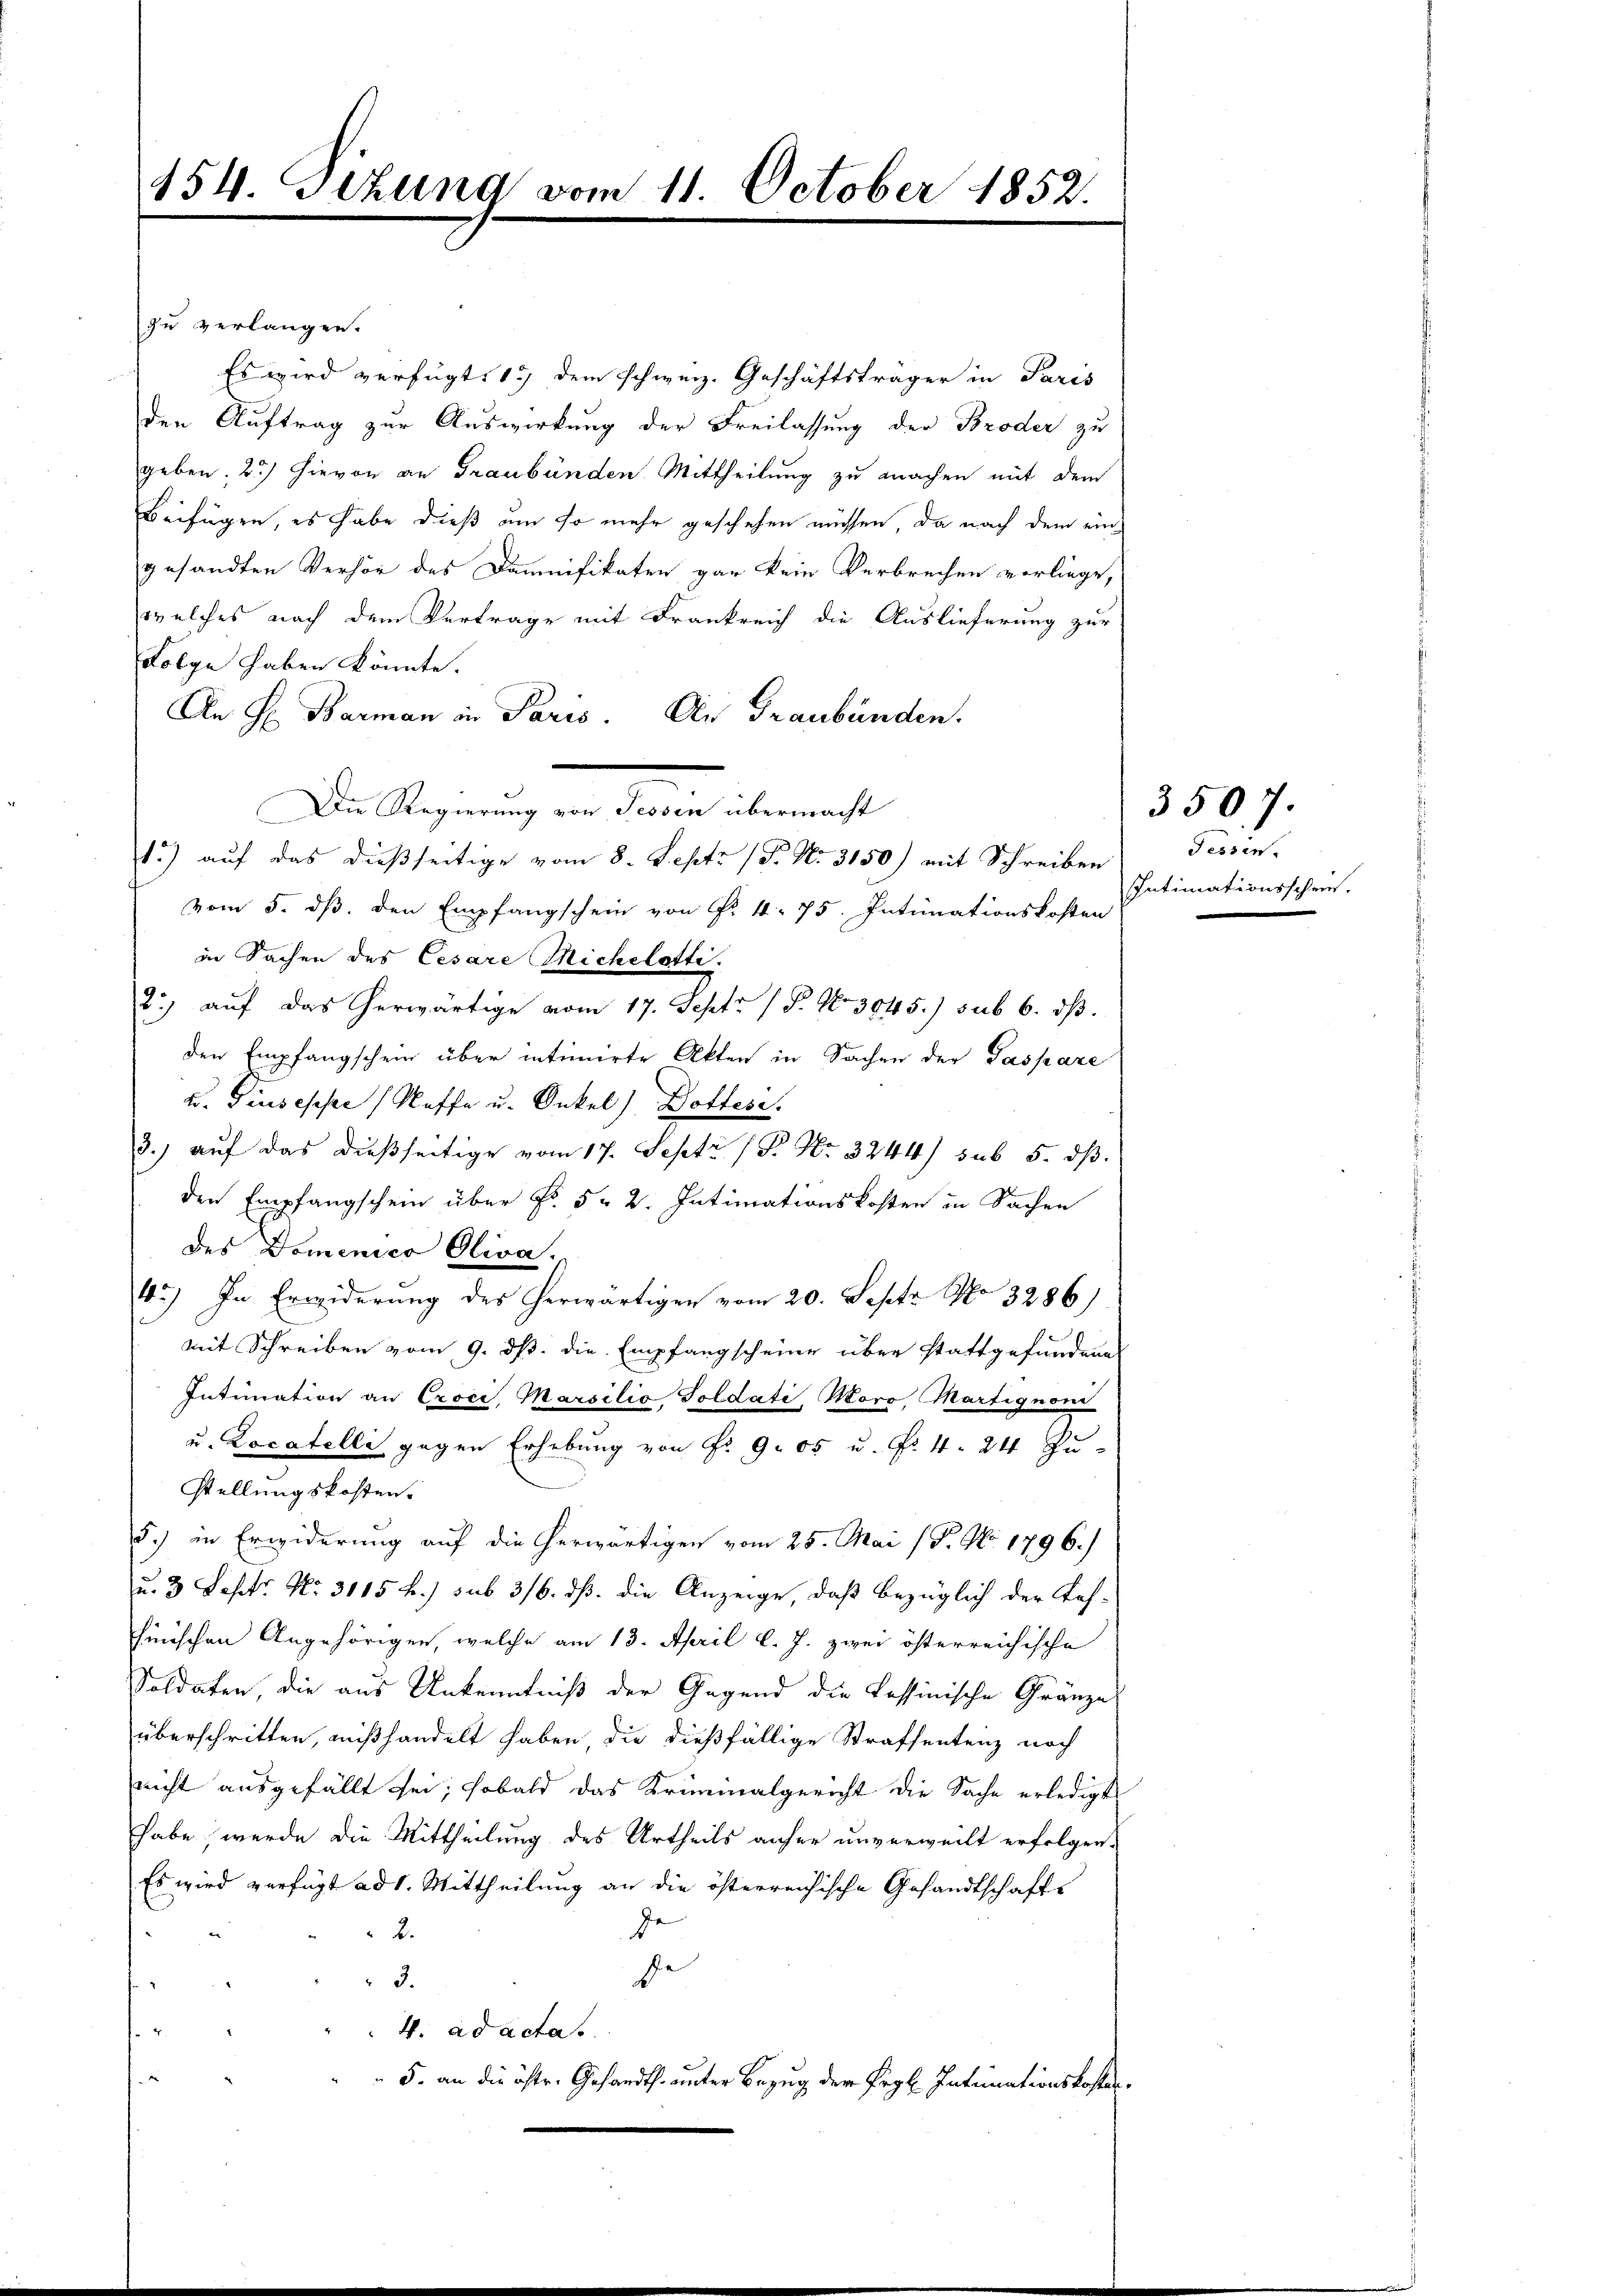
154. Sitzung vom 11. October 1852.

zu verlangen.
Es wird verfügt: 1.) dem schweiz. Geschäftsträger in Paris
den Auftrag zur Auswirkung der Freilassung der Broder zu
geben, 2.) Hievon an Graubünden Mittheilung zu machen mit dem
Beifügen, es habe dieß um so mehr geschehen müssen, da nach dem eingesandten Verhör des Domnifikaten gar kein Verbrechen vorliege,
welches nach dem Vertrage mit Frankreich die Auslieferung zur
Folge haben könnte.
An H. Barman in Paris. Der Graubünden.
Die Regierung von Tessin übermacht
1.) auf das dießseitige vom 8. Septe (T. No. 3150) mit Schreiben
vom 5. dß. den Empfangschein von Fr. 4. 75. Intimationskosten
in Sachen des Cesare Michelatte.
2.) auf das herwärtige vom 17. Sept. 1 P. Nr. 3045.) sub 6. dβ.
den Empfangschein über intimirte Akten in Sachen der Gaspare
u. Giuseppe (Staffe u. Onkel) Dottese.
3.) aŭf das dießseitige vom 17. Septr (S. Nr. 3244) sub 5. dβ
den Empfangschein über Fr. 5 - 2. Intimationskosten in Sachen
des Domenico Oliva,
43.) In Erwiderung des herwärtigen vom 20. Sept No. 3286)
mit Schreiben vom 9. ds. die Empfangscheine über stattgefundene
Intimation an Croci Marsilio Goldate, Voro Martignoni
u. Locatelle gegen Erhebung von Fr. 9. 05 u. Fr. 4. 24 Zu-
stellungskosten.
5.) in Erwiderung auf die herwärtigen vom 25. Mai (T. No. 1796.
u. 3 Septr. No. 3115 f.) sub 316. ds. die Anzeige, daß bezüglich der Fas-
hinischen Angehörigen, welche am 13. April l. J. zwei österreichische
Soldaten die aus Unkenntniß der Gegend die Kessinische Gränze
überschritten, mißhandelt haben die dießfällige Strafsentenz noch
nicht ausgefällt sei; sobald das Kriminalgericht die Sache erledigt
habe, werde die Mittheilung des Urtheils anher unverweilt erfolgen.
Es wird verfügt ad 1. Mittheilung an die österreichische Gesandtschafts
de
2.
se
3.
4. ad acta.
5. an die öste. Gesandth. unter Bezug der Pegl. Intimationskosten¬

Fessen.
Intimationsschein.

3507.